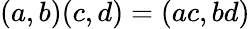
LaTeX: (a,b)(c,d)=(ac,bd)